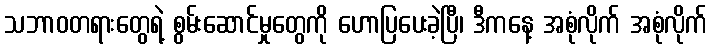
သဘာဝတရားတွေရဲ့ စွမ်းဆောင်မှုတွေကို ဟောပြပေးခဲ့ပြီ၊ ဒီကနေ့ အစုံလိုက် အစုံလိုက်